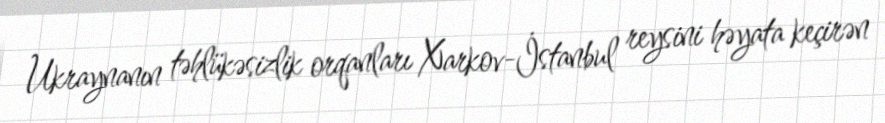
Ukraynanın təhlükəsizlik orqanları Xarkov-İstanbul reysini həyata keçirən